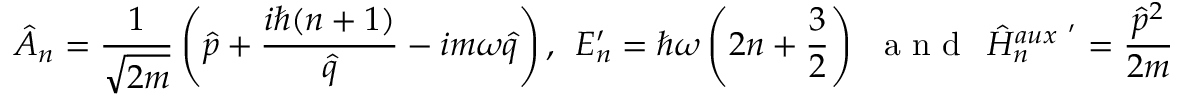
\hat { A } _ { n } = \frac { 1 } { \sqrt { 2 m } } \left( \hat { p } + \frac { i \hbar ( n + 1 ) } { \hat { q } } - i m \omega \hat { q } \right) , ~ ~ E _ { n } ^ { \prime } = \hbar \omega \left( 2 n + \frac { 3 } { 2 } \right) ~ ~ \mathrm { ~ a ~ n ~ d ~ } ~ ~ \hat { H } _ { n } ^ { a u x ~ ^ { \prime } } = \frac { \hat { p } ^ { 2 } } { 2 m } + \frac { \hbar ^ { 2 } n ( n + 1 ) } { 2 m \hat { q } ^ { 2 } } + \frac { 1 } { 2 } m \omega ^ { 2 } \hat { q } ^ { 2 } + n \hbar \omega .